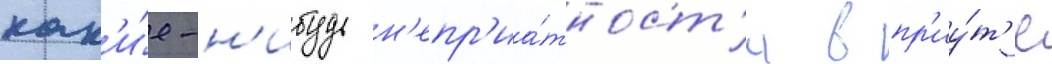
как'и́е-н'ибудь н'епр'иа́тност'и в пр'иу́т'е